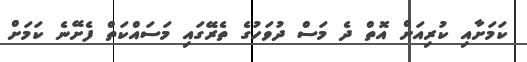
ކަމަށާއި ކުރިއަށް އޮތް ދެ މަސް ދުވަހުގެ ތެރޭގައި މަސައްކަތް ފެށޭނެ ކަމަށް